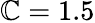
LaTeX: \mathbb{C}=1.5